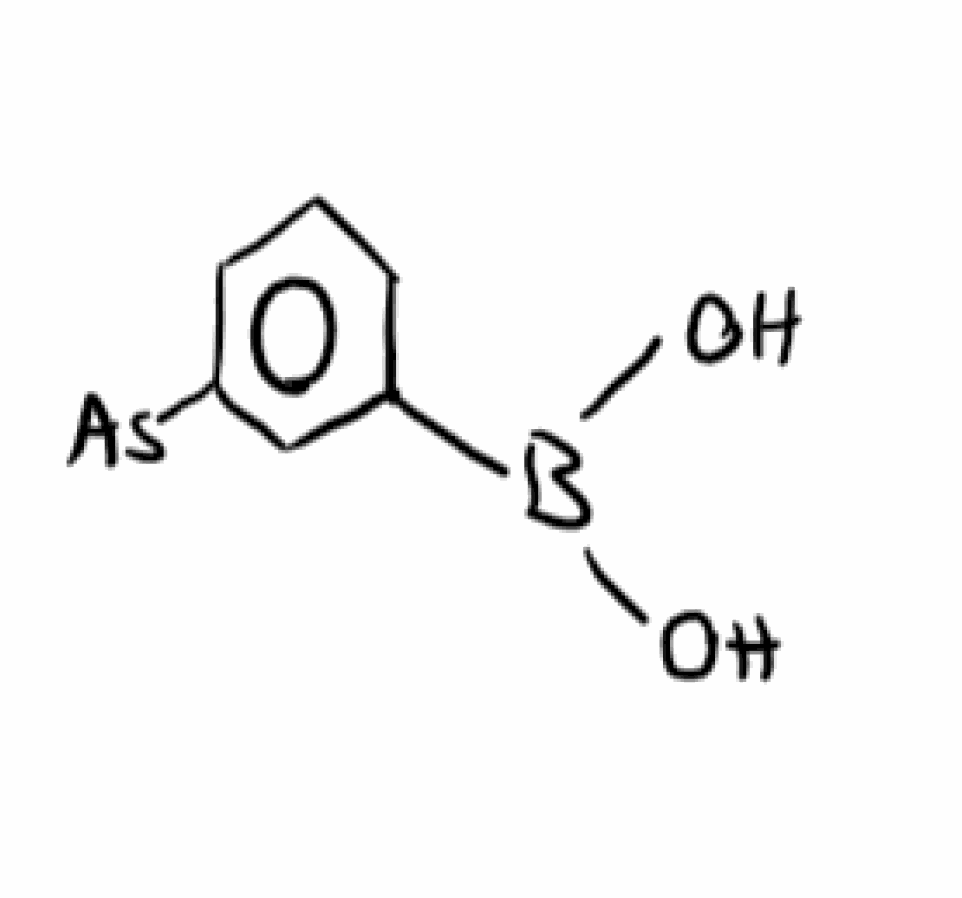
Simplified molecular-input line-entry system (SMILES) notation of the given molecule:
B(C1=CC(=CC=C1)[As])(O)O